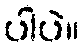
ပါပဲ။